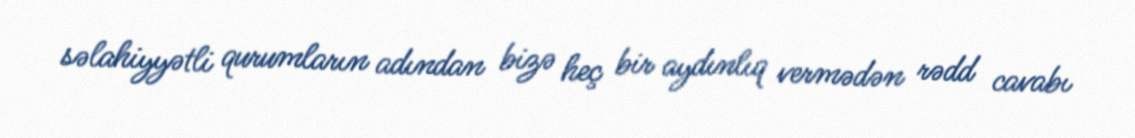
səlahiyyətli qurumların adından bizə heç bir aydınlıq vermədən rədd cavabı